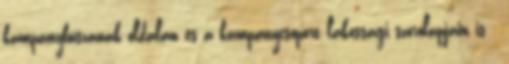
kampánybuszának oldalán és a kampánycsoport lakossági szórólapjain is -